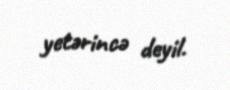
yetərincə deyil.